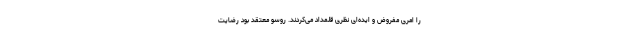
را امری مفروض و ایده‌ای نظری قلمداد می‌کردند. روسو معتقد بود رضایت